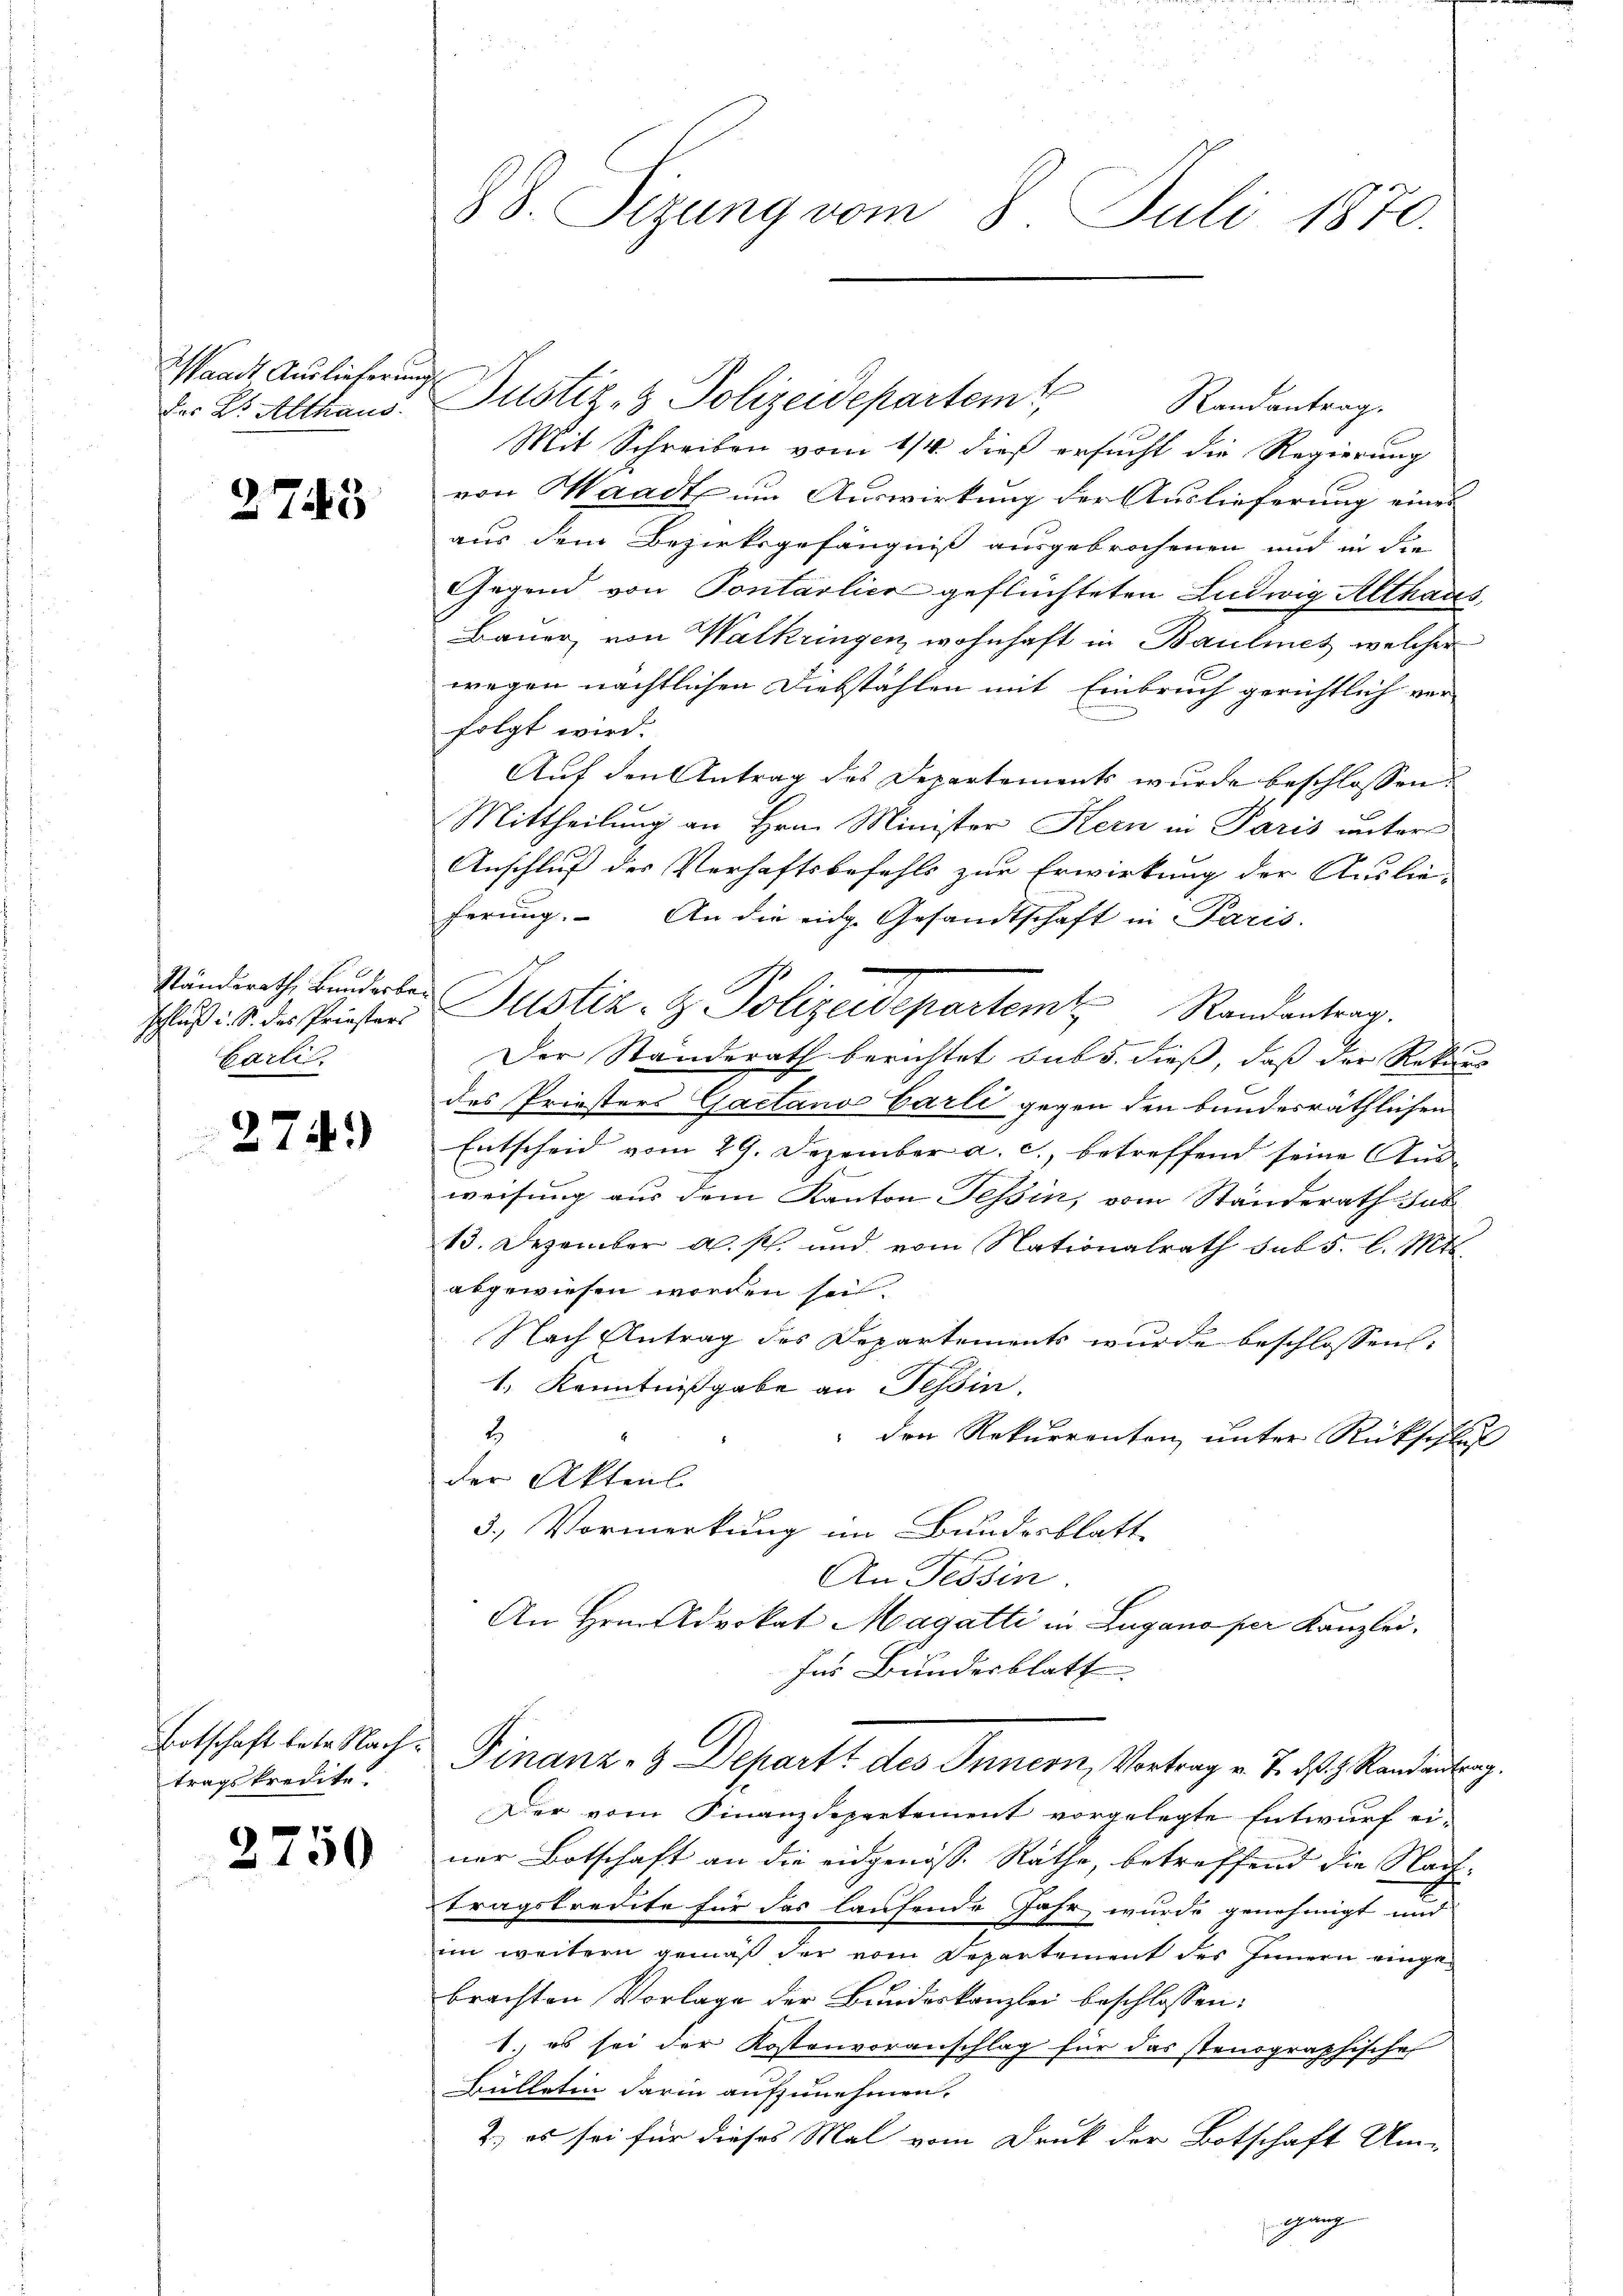
Waadt Auslieferung
des Dr. Althaus.

2745

Ständerath Bunderber
schluß u. S. das Priesters
barlin.

274)

Botschaft betr. Nachtragskredite.

2750

88. Sizung vom 8. Juli 1870.

Justiz- & Polizeidepartem Randantrag.
Mit Schreiben vom 1/4. dieß ersucht die Regierung
von Waadt um Auswirkung der Auslieferung eines
aus dem Bezirksgefängniß ausgebrochenen und in die
Gegend von Pontarlier geflüchteten Ludwig Althaus
Bauer, von Walkringen, wohnhaft in Baulinet welcher
wegen nächtlichen Diebstählen mit Einbruch gerichtlich ver
folgt wird.
Auf den Antrag des Departements wurde beschlossen.
Mittheilung an Hrn. Minister Kern in Paris unters
Anschluß der Verhaftsbefehls zur Erwirkung der Auslie-
ferung. An die eidg. Gesandtschaft in Paris.
Justiz- & Polizeidepartem Randantrag.
n
Der Standerath berichtet sub s. dieß, daß der Rekurs
des Priesters Gaetanos Carli gegen den bundesräthlichen
Entscheid vom 29. Dezember a. c., betreffend seine Aus-
weisung aus dem Kanton Tessin, vom Standerath hab
13. Dezember a. p. und vom Nationalrath sub 5. l. Mts.
abgewiesen worden sei.
Nach Antrag des Departements wurde beschlossen:
.
1. Kenntnißgabe an Tessin.
3.
" den Rekurrenten, unter Rückschluß
der Aktens
3.) Vormerkung im Bundesblatt
An Tessin
An Hrn. Advokat Magatti in Lugano per Kanzlei.
Ins Bundesblatt. |
Finanz- & Departt des Innern, Vortrag v. 7. ds. z. Randantrag.
Der vom Finanzdepartement vorgelegte Entwurf ei-
ner Botschaft an die eidgenöss. Räthe, betreffend die Nachtragskredite für das laufende Jahr wurde genehmigt und
im weitern gemäß der vom Departement des Innern eingebrachten Vorlage der Bundeskanzlei beschlossen:
1.) es sei der Kostenvoranschlag für das stenographische
Bülletin darin aufzunehmen.
2.) es sei für dieses Mal vom Druk der Botschaft Un-
glung